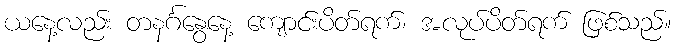
ယနေ့လည်း တနင်္ဂနွေနေ့ ကျောင်းပိတ်ရက်၊ အလုပ်ပိတ်ရက် ဖြစ်သည်။